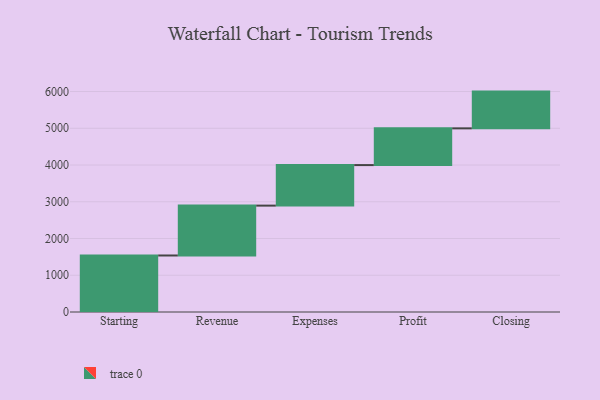
{"axis": {"x": "Step", "y": "Value"}, "legend": [""], "data": [{"x": "Starting", "y": 1538.0, "type": ""}, {"x": "Revenue", "y": 1357.0, "type": ""}, {"x": "Expenses", "y": 1103.0, "type": ""}, {"x": "Profit", "y": 1000, "type": ""}, {"x": "Closing", "y": 1000, "type": ""}]}